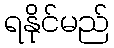
ရနိုင်မည်